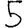
Digit: 5